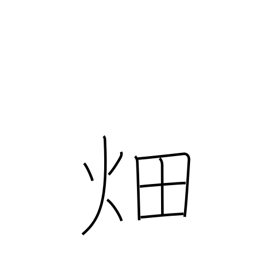
Meaning: field